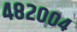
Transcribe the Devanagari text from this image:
४८२००४